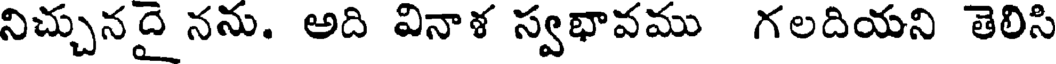
నిచ్చునదై నను. అది వినాశ స్వభావము గలదియని తెలిసి